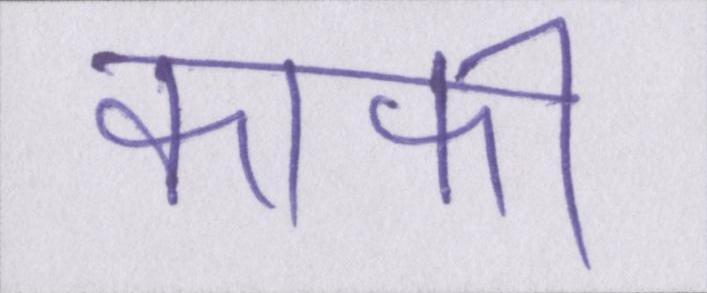
काफी